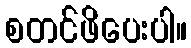
စတင်ဖိပေးပါ။